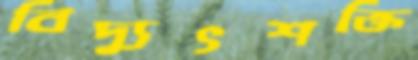
বিদ্যুৎশক্তি